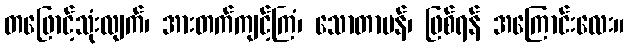
တဖြောင့်သုံးလျက်၊ အားတက်ကျင့်ကြံ၊ သောတာပန်၊ ဖြစ်ရန် အကြောင်းလေး။